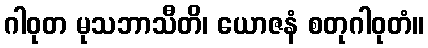
ဂါဝုတ မုသဘာသီတိ၊ ယောဇနံ စတုဂါဝုတံ။